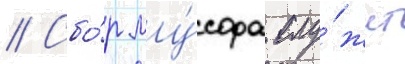
// Сбо́р му́сора слу́жит